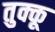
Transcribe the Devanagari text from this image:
तुक्कू